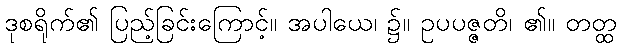
ဒုစရိုက်၏ ပြည့်ခြင်းကြောင့်။ အပါယေ၊ ၌။ ဥပပဇ္ဇတိ၊ ၏။ တတ္ထ